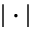
| \cdot |